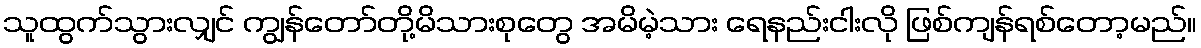
သူထွက်သွားလျှင် ကျွန်တော်တို့မိသားစုတွေ အမိမဲ့သား ရေနည်းငါးလို ဖြစ်ကျန်ရစ်တော့မည်။